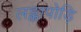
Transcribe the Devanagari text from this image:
लङ्कापोड़ि